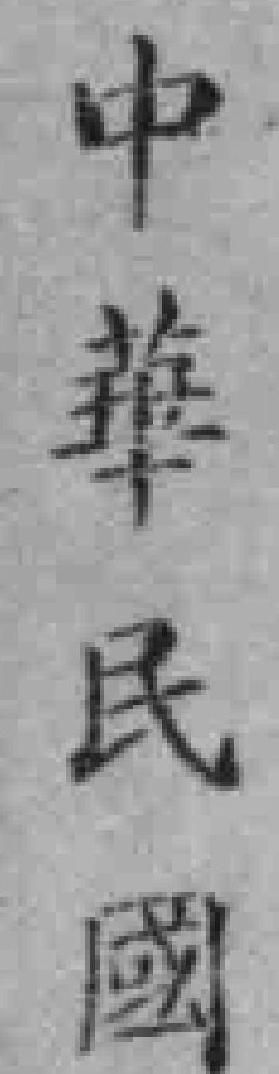
中華民國